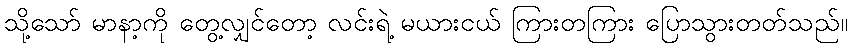
သို့သော် မာနာ့ကို တွေ့လျှင်တော့ လင်းရဲ့ မယားငယ် ကြားတကြား ပြောသွားတတ်သည်။